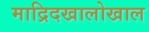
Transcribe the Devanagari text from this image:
माद्रिदखालोखाल